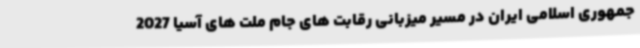
جمهوری اسلامی ایران در مسیر میزبانی رقابت های جام ملت های آسیا 2027